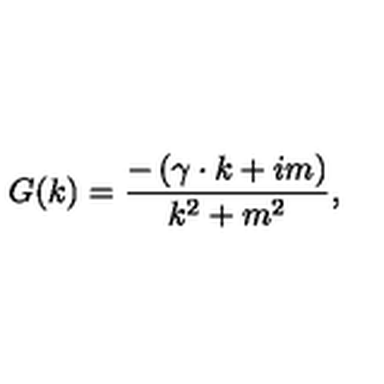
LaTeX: G ( k ) = \frac { - \left( \gamma \cdot k + i m \right) } { k ^ { 2 } + m ^ { 2 } } ,